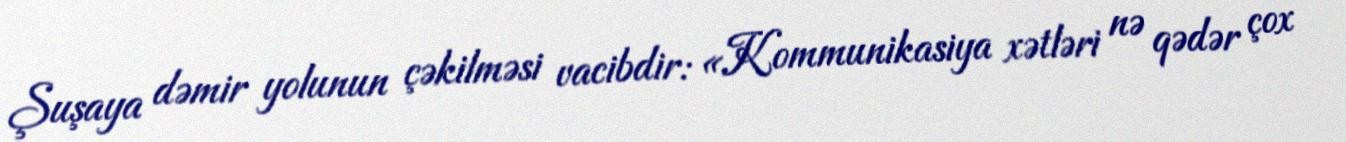
Şuşaya dəmir yolunun çəkilməsi vacibdir: «Kommunikasiya xətləri nə qədər çox